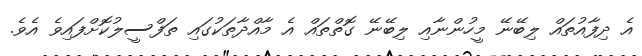
އެ ދިފާއުތައް ލިބޭނޭ މީހުންނާއި ލިބޭނޭ ގޮތްތައް އެ މާއްދާތަކުގައި ތަފްސީލުކޮށްފައިވެ އެވެ.